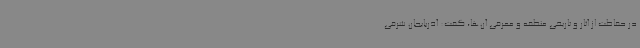
در حفاظت از آثار و تاریخی منطقه و معرفی آن‌ها، گفت: آذربایجان شرقی